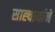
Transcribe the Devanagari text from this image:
साह्चार्याने